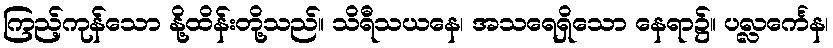
ကြည့်ကုန်သော နို့ထိန်းတို့သည်။ သိရီသယနေ၊ အသရေရှိသော နေရာ၌။ ပလ္လင်္ကေန၊